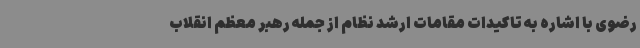
رضوی با اشاره به تاکیدات مقامات ارشد نظام از جمله رهبر معظم انقلاب